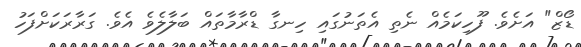
ޑޯޒް" އަށެވެ. ފޫހިކަމެއް ނެތި އެތަނުގައި ހިނގާ ޑްރާމާތައް ބަލާލެވެ އެވެ. ގަރާރަކަށްފަހު